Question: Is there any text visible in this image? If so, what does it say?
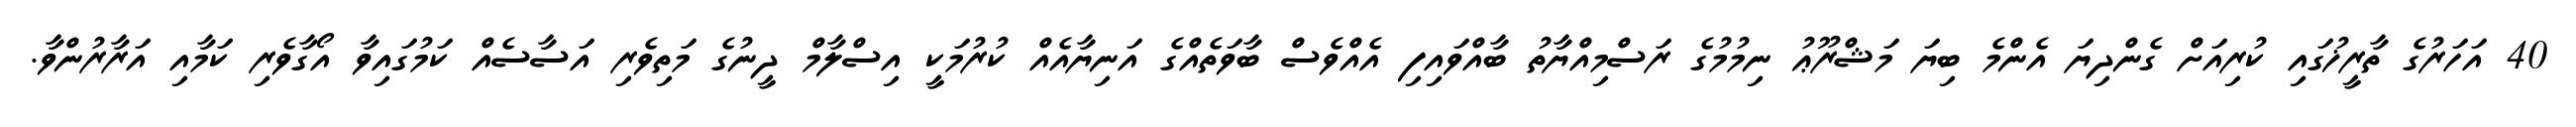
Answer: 40 އަހަރުގެ ތާރީޚުގައި ކުރިއަށް ގެންދިޔަ އެންމެ ބިޔަ މަޝްރޫޢު ނިމުމުގެ ރަސްމިއްޔާތު ބާއްވައިފި އެއްވެސް ބާވަތެއްގެ އަނިޔާއެއް ކުރުމަކީ އިސްލާމް ދީނުގެ މަތިވެރި އަސާސެއް ކަމުގައިވާ އޯގާވެރި ކަމާއި އަރާރުންވާ.